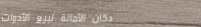
دكان الأمانة لبيع الأدوات